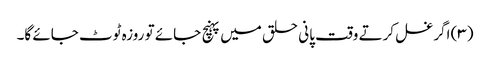
(۳) اگر غسل کرتے وقت پانی حلق میں پہنچ جائے تو روزہ ٹوٹ جائے گا۔